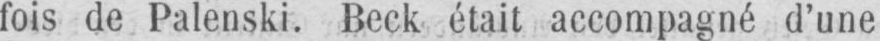
fois de Palenski. Beck était accompagné d’une